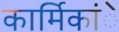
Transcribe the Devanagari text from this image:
कार्मिकांे